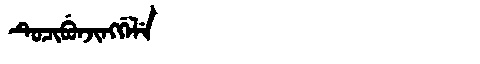
Manchu: ᡨᡠᠴᡳᠪᡠᠨᠵᡳᠩᡤᡝᠯᡝ
Romanization: TUCIBUNJINGGELE